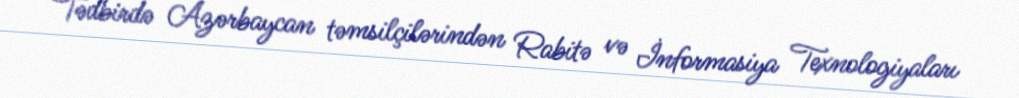
Tədbirdə Azərbaycan təmsilçilərindən Rabitə və İnformasiya Texnologiyaları